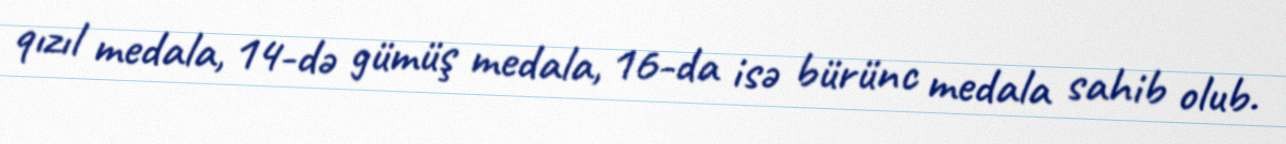
qızıl medala, 14-də gümüş medala, 16-da isə bürünc medala sahib olub.